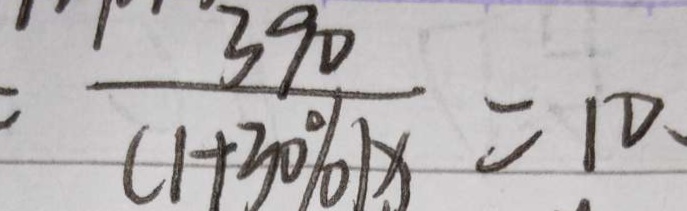
= \frac { 3 9 0 } { ( 1 + 3 0 \% ) x } = 1 0 、